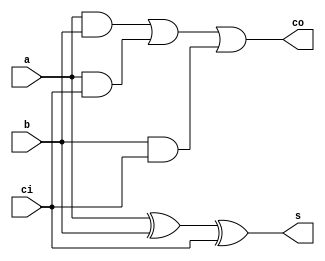
module full_beh(
    input a ,
    input b ,
    input ci , 
    output reg s , 
    output reg co 
);

always @(*) begin
    s = a^b^ci;
    co = (a&b) | (a&ci) | (b&ci);
end
endmodule